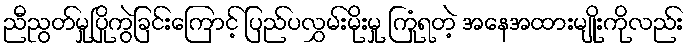
ညီညွတ်မှုပြိုကွဲခြင်းကြောင့် ပြည်ပလွှမ်းမိုးမှု ကြုံရတဲ့ အနေအထားမျိုးကိုလည်း